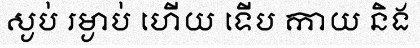
ស្ងប់ រម្ងាប់ ហើយ ទើប កាយ និង